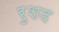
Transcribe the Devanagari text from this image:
रुशद